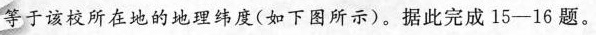
等于该校所在地的地理纬度(如下图所示)。据此完成15-16题。